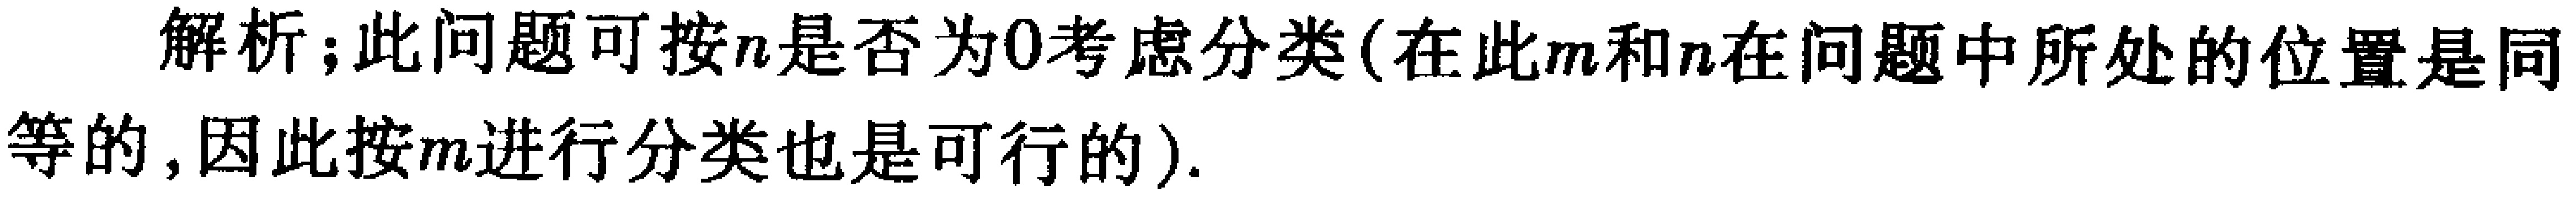
解析；此问题可按\(n\)是否为\(0\)考虑分类(在此\(m\)和\(n\)在问题中所处的位置是同等的，因此按\(m\)进行分类也是可行的).